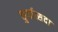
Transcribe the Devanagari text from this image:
कुर्यात्सदा